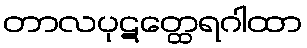
တာလပုဋတ္ထေရဂါထာ